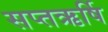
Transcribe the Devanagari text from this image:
सप्तऋर्षि